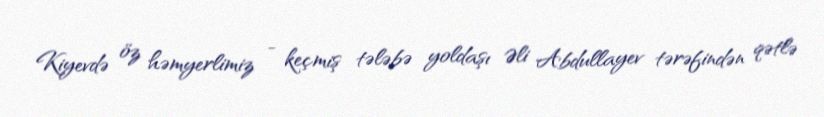
Kiyevdə öz həmyerlimiz - keçmiş tələbə yoldaşı Əli Abdullayev tərəfindən qətlə